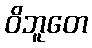
ဝိဘူတေ